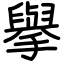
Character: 擧